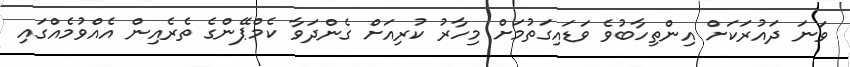
ވަނަ ދައުރަކަށް އިންތިހާބުވެ ވަޑައިގަތުމަށް މިހާރު ކުރިއަށް ގެންދަވާ ކެމްޕޭންގެ ތެރެއިން އެއްވުމެއްގައި